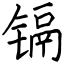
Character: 镉